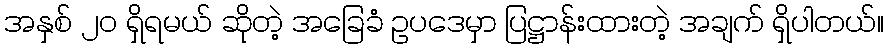
အနှစ် ၂ဝ ရှိရမယ် ဆိုတဲ့ အခြေခံ ဥပဒေမှာ ပြဋ္ဌာန်းထားတဲ့ အချက် ရှိပါတယ်။